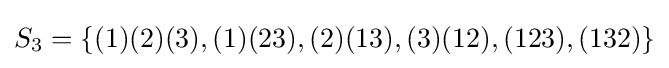
S_{3}=\{(1)(2)(3),(1)(23),(2)(13),(3)(12),(123),(132)\}